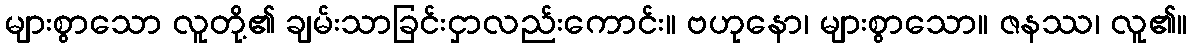
များစွာသော လူတို့၏ ချမ်းသာခြင်းငှာလည်းကောင်း။ ဗဟုနော၊ များစွာသော။ ဇနဿ၊ လူ၏။